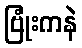
ဗြုံးကနဲ